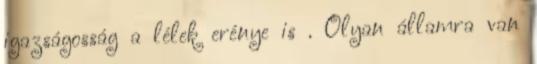
igazságosság a lélek erénye is . Olyan államra van